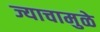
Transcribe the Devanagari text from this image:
ज्याचामुळे